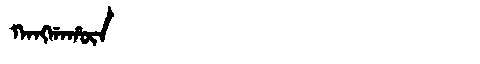
Manchu: ᡴᠠᠩᡤᠠᡥᡡᠨ
Romanization: KANGGAHŪN